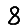
Digit: 8